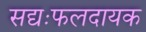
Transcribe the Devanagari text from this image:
सद्यःफलदायक